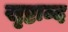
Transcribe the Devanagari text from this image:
खृष्टाब्द